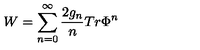
W = \sum _ { n = 0 } ^ { \infty } \frac { 2 g _ { n } } { n } T r \Phi ^ { n }